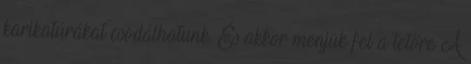
karikatúrákat csodálhatunk. És akkor menjük fel a tetőre A